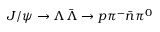
J / \psi \to \Lambda \bar { \Lambda } \to p \pi ^ { - } \bar { n } \pi ^ { 0 }